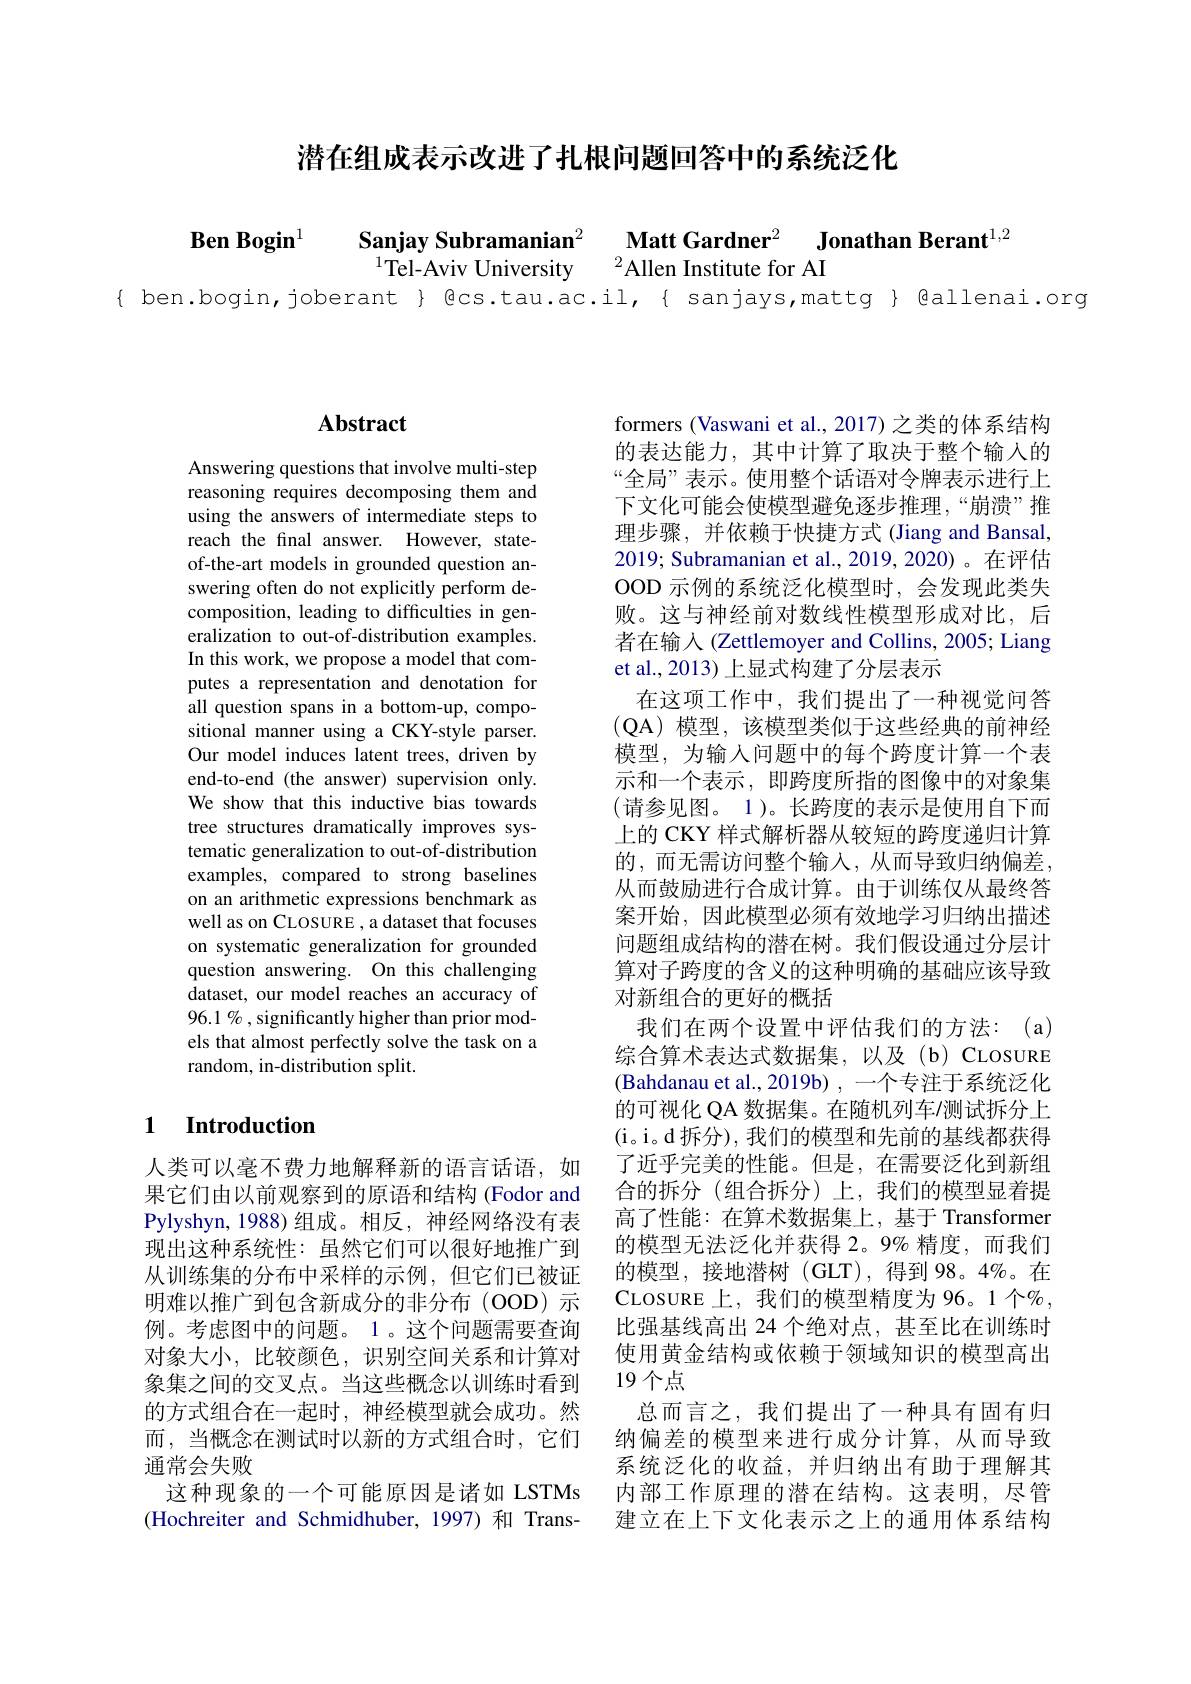
潜在组成表示改进了扎根问题回答中的系统泛化

$\textbf{Ben Bogin}^{1}$

Sanjay Subramanian^2
$\textbf{Matt Gardner}^2$ $\textbf{Jonathan Berant}^{1, 2}$
$^{1}$Tel-Aviv University $^{2}$Allen Institute for AI
{ ben.bogin,joberant } Qcs.tau.ac.il,{ sanjays,mattg} @allenai.org

## $\mathbf{Abstract}$

Answering questions that involve multi-step reasoning requires decomposing them and using the answers of intermediate steps to reach the final answer. However, stateof-the-art models in grounded question answering often do not explicitly perform decomposition, leading to difficulties in generalization to out-of-distribution examples. In this work, we propose a model that computes a representation and denotation for all question spans in a bottom-up, compositional manner using a CKY-style parser. Our model induces latent trees, driven by end-to-end (the answer) supervision only. We show that this inductive bias towards tree structures dramatically improves systematic generalization to out-of-distribution examples, compared to strong baselines on an arithmetic expressions benchmark as well as on CLOSURE , a dataset that focuses on systematic generalization for grounded question answering. On this challenging dataset, our model reaches an accuracy of 96.1 % , significantly higher than prior models that almost perfectly solve the task on a random, in-distribution split.

## 1 Introduction

人类可以毫不费力地解释新的语言话语，如果它们由以前观察到的原语和结构(Fodor and Pylyshyn,1988)组成。相反，神经网络没有表现出这种系统性：虽然它们可以很好地推广到从训练集的分布中采样的示例，但它们已被证明难以推广到包含新成分的非分布(OOD)示例。考虑图中的问题。1。这个问题需要查询对象大小，比较颜色，识别空间关系和计算对象集之间的交叉点。当这些概念以训练时看到的方式组合在一起时，神经模型就会成功。然而，当概念在测试时以新的方式组合时，它们通常会失败
这种现象的一个可能原因是诸如 LSTMs (Hochreiter and Schmidhuber, 1997) 和 Trans-

formers (Vaswani et al., 2017) 之类的体系结构的表达能力，其中计算了取决于整个输入的“全局”表示。使用整个话语对令牌表示进行上下文化可能会使模型避免逐步推理，“崩溃”推理步骤，并依赖于快捷方式(Jiang and Bansal, 2019; Subramanian et al., 2019, 2020)。在评估OOD 示例的系统泛化模型时，会发现此类失败。这与神经前对数线性模型形成对比，后者在输入 (Zettlemoyer and Collins, 2005; Liang et al.,2013) 上显式构建了分层表示
在这项工作中，我们提出了一种视觉问答(QA)模型，该模型类似于这些经典的前神经模型，为输入问题中的每个跨度计算一个表示和一个表示，即跨度所指的图像中的对象集(请参见图。1)。长跨度的表示是使用自下而上的 CKY 样式解析器从较短的跨度递归计算的，而无需访问整个输入，从而导致归纳偏差， 从而鼓励进行合成计算。由于训练仅从最终答案开始，因此模型必须有效地学习归纳出描述问题组成结构的潜在树。我们假设通过分层计算对子跨度的含义的这种明确的基础应该导致对新组合的更好的概括
我们在两个设置中评估我们的方法：(a) 综合算术表达式数据集，以及(b)CLOSURE (Bahdanau et al., 2019b) , 一个专注于系统泛化的可视化 QA 数据集。在随机列车/测试拆分上(i。i。d 拆分), 我们的模型和先前的基线都获得了近乎完美的性能。但是，在需要泛化到新组合的拆分(组合拆分)上，我们的模型显着提高了性能：在算术数据集上，基于 Transformer 的模型无法泛化并获得 2。9% 精度，而我们的模型，接地潜树(GLT),得到 98。4%。在CLOSURE 上，我们的模型精度为 96。1 个%, 比强基线高出 24 个绝对点，甚至比在训练时使用黄金结构或依赖于领域知识的模型高出19个点
总而言之，我们提出了一种具有固有归纳偏差的模型来进行成分计算，从而导致系统泛化的收益，并归纳出有助于理解其内部工作原理的潜在结构。这表明，尽管建立在上下文化表示之上的通用体系结构